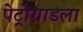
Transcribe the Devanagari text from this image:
पेट्रोग्राडला